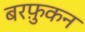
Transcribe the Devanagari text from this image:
बरफ़ुकन